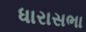
ધારાસભા